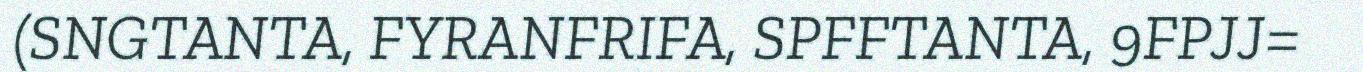
(SNGTANTA, FYRANFRIFA, SPFFTANTA, 9FPJJ=